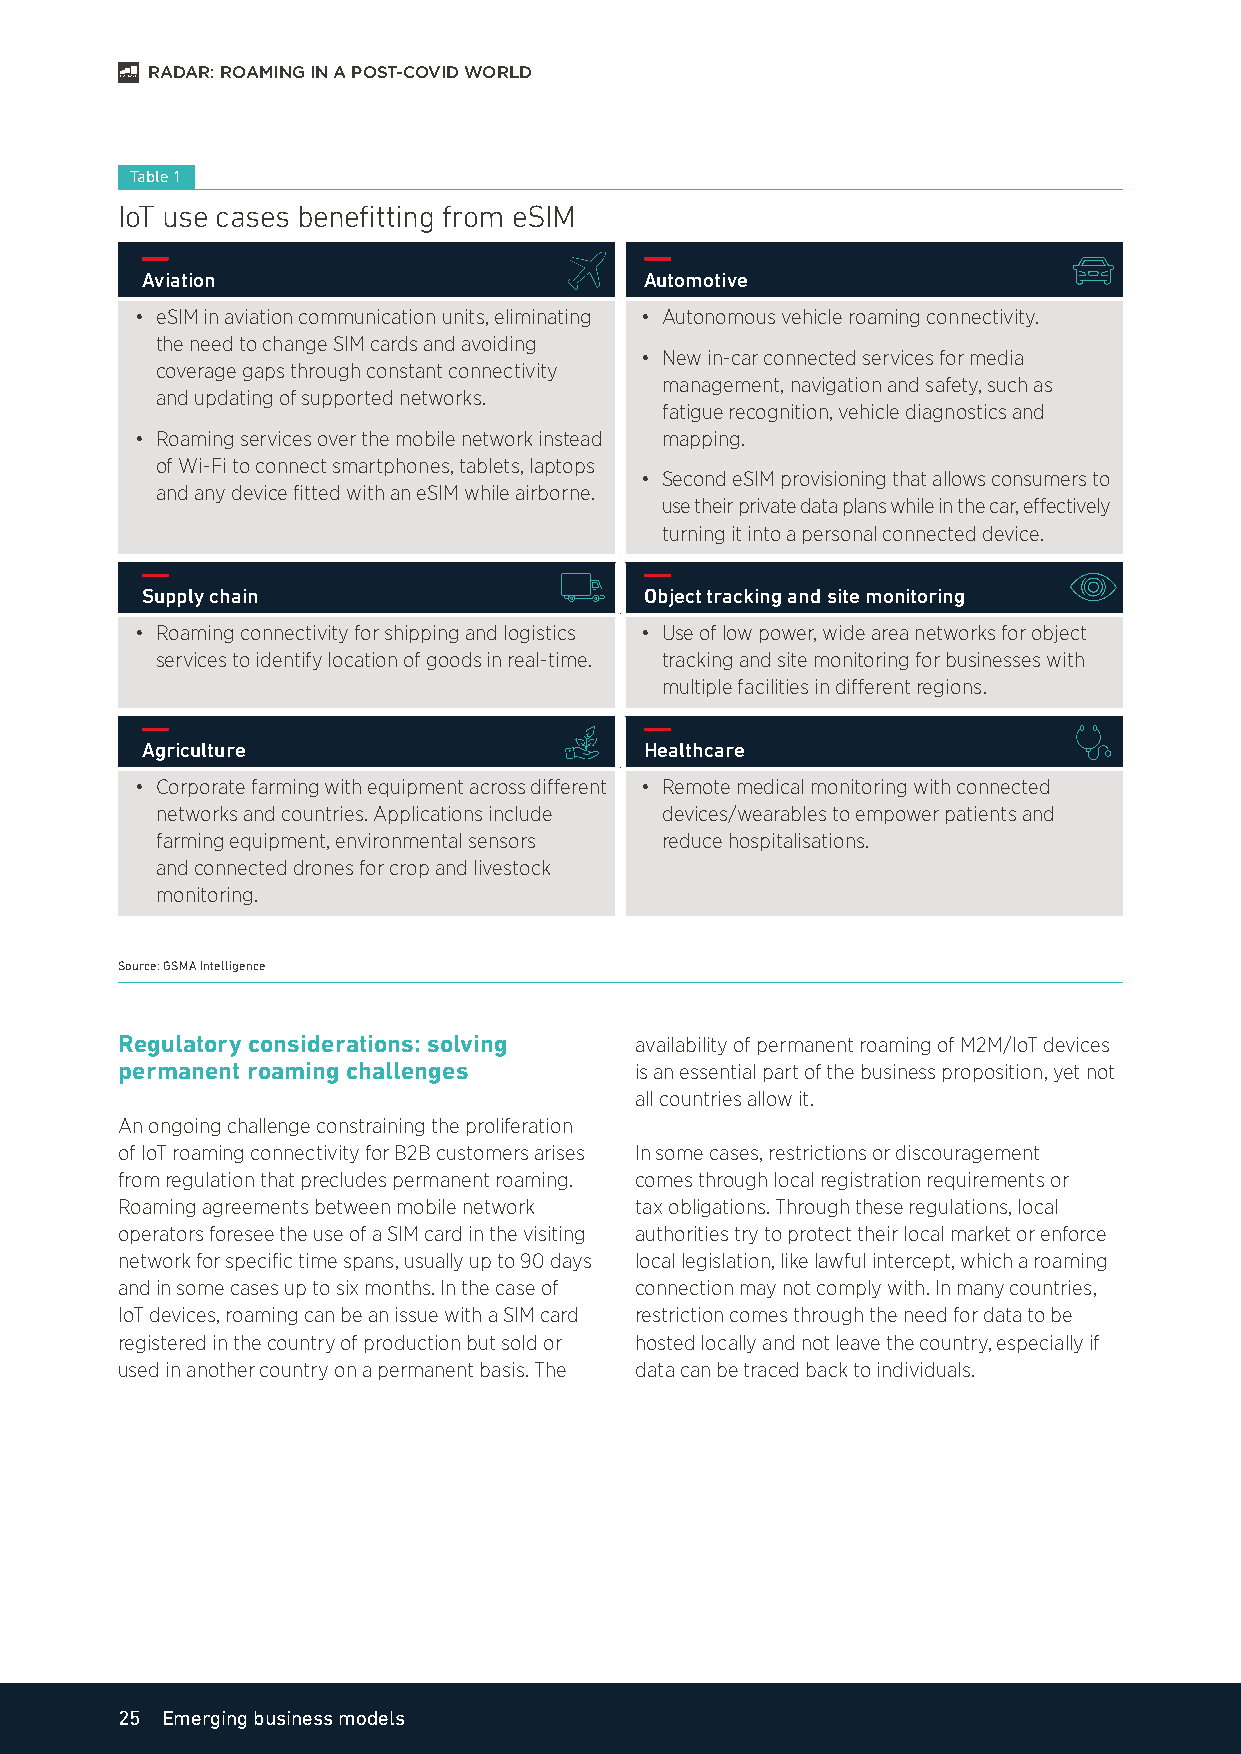
RADAR: ROAMING IN A POST-COVID WORLD
 Table 1
 IoT use cases benefitting from eSIM
 Aviation                          Automotive
 • eSIM in aviation communication units, eliminating • Autonomous vehicle roaming connectivity.
 the need to change SIM cards and avoiding
 • New in-car connected services for media
 coverage gaps through constant connectivity
 management, navigation and safety, such as
 and updating of supported networks.
 fatigue recognition, vehicle diagnostics and
 • Roaming services over the mobile network instead mapping.
 of Wi-Fi to connect smartphones, tablets, laptops
 • Second eSIM provisioning that allows consumers to
 and any device fitted with an eSIM while airborne.
 use their private data plans while in the car, effectively
 turning it into a personal connected device.
 Supply chain                      Object tracking and site monitoring
 • Roaming connectivity for shipping and logistics • Use of low power, wide area networks for object
 services to identify location of goods in real-time. tracking and site monitoring for businesses with
 multiple facilities in different regions.
 Agriculture                       Healthcare
 • Corporate farming with equipment across different • Remote medical monitoring with connected
 networks and countries. Applications include devices/wearables to empower patients and
 farming equipment, environmental sensors reduce hospitalisations.
 and connected drones for crop and livestock
 monitoring.
 Source: GSMA Intelligence
 Regulatory considerations: solving availability of permanent roaming of M2M/IoT devices
 permanent roaming challenges      is an essential part of the business proposition, yet not
 all countries allow it.
 An ongoing challenge constraining the proliferation
 of IoT roaming connectivity for B2B customers arises In some cases, restrictions or discouragement
 from regulation that precludes permanent roaming. comes through local registration requirements or
 Roaming agreements between mobile network tax obligations. Through these regulations, local
 operators foresee the use of a SIM card in the visiting authorities try to protect their local market or enforce
 network for specific time spans, usually up to 90 days local legislation, like lawful intercept, which a roaming
 and in some cases up to six months. In the case of connection may not comply with. In many countries,
 IoT devices, roaming can be an issue with a SIM card restriction comes through the need for data to be
 registered in the country of production but sold or hosted locally and not leave the country, especially if
 used in another country on a permanent basis. The data can be traced back to individuals.
 25 Emerging business models